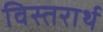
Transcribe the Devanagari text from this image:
विस्तरार्थ